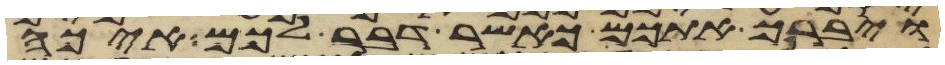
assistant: ויברך אתכם כאשר דבר לכם איכה